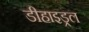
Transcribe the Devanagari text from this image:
डीहाइड्रल